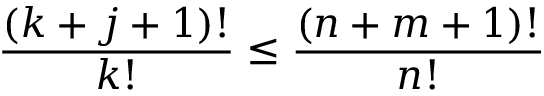
\frac { ( k + j + 1 ) ! } { k ! } \leq \frac { ( n + m + 1 ) ! } { n ! }